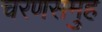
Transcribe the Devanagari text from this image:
चरणसमुह